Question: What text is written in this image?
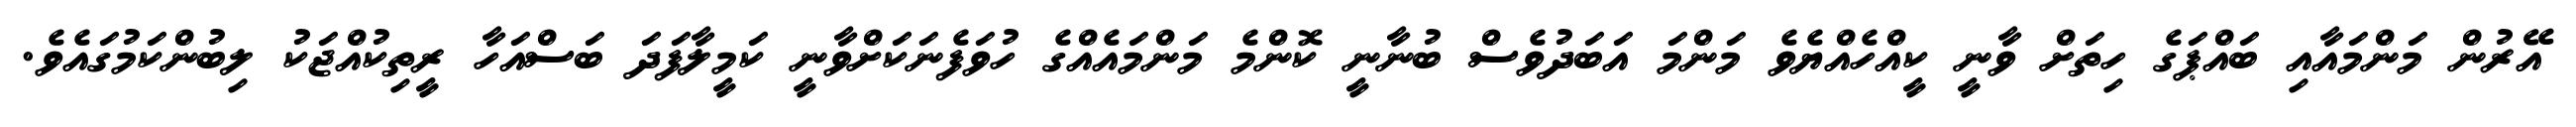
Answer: އޭރުން މަންމައާއި ބައްޕަގެ ހިތަށް ވާނީ ކީއްހެއްޔެވެ މަންމަ އަބަދުވެސް ބުނާނީ ކޮންމެ މަންމައެއްގެ ހުވަފެނަކަށްވާނީ ކަމީލާފަދަ ބަސްއަހާ ރީތިކުއްޖަކު ލިބުންކަމުގައެވެ.